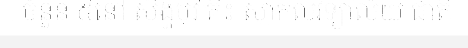
ចំនួន ៥នៅ សិង្ហបុរី គឺ៖ សាកលវិទ្យាល័យ ជាតិ